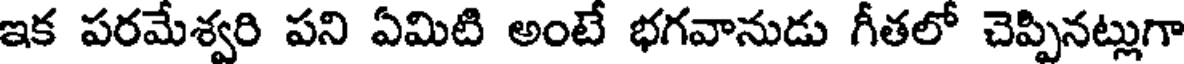
ఇక పరమేశ్వరి పని ఏమిటి అంటే భగవానుడు గీతలో చెప్పినట్లుగా